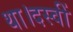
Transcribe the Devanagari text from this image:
था।दस्वीं